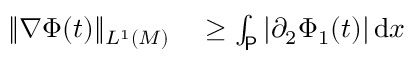
\begin{array} { r l } { \Vert \nabla \Phi ( t ) \Vert _ { L ^ { 1 } ( M ) } } & { { } \ge \int _ { \mathsf { P } } | \partial _ { 2 } \Phi _ { 1 } ( t ) | \, \mathrm { d } x } \end{array}